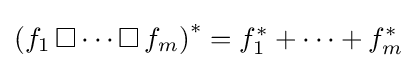
\left(f_{1}\operatorname {\Box } \cdots \operatorname {\Box } f_{m}\right)^{*}=f_{1}^{*}+\cdots +f_{m}^{*}